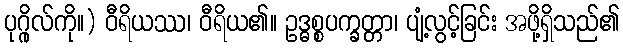
ပုဂ္ဂိုလ်ကို။) ဝီရိယဿ၊ ဝီရိယ၏။ ဥဒ္ဓစ္စပက္ခတ္တာ၊ ပျံ့လွင့်ခြင်း အဖို့ရှိသည်၏